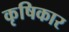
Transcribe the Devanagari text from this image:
कृषिकार